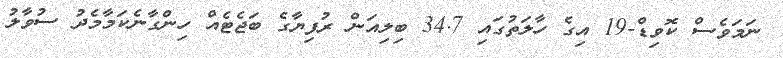
ނަމަވެސް ކޮވިޑް-19 އިގެ ހާލަތުގައި 34.7 ބިލިއަން ރުފިޔާގެ ބަޖެޓެއް ހިންގާނެކަމާމެދު ސުވާލު